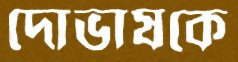
দোভাষকে